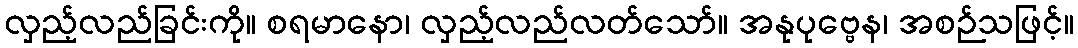
လှည့်လည်ခြင်းကို။ စရမာနော၊ လှည့်လည်လတ်သော်။ အနုပုဗ္ဗေန၊ အစဉ်သဖြင့်။